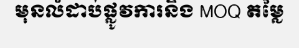
មុនលំដាប់ផ្លូវការនិង MOQ តម្លៃ